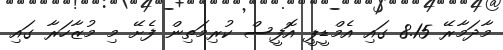
މާދަމާރޭ 8.15 ގައި އެމްޑީޕީ އޮފީސް ކުރިމަތިން ފެށޭ މި މުޒާހަރާ ގައި